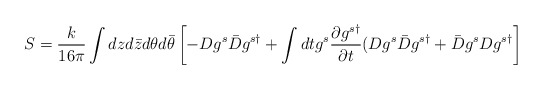
\begin{align*}S = \frac{k}{16\pi}\int dz d\bar{z} d\theta d\bar{\theta}\left[ -Dg^s\bar{D}g^{s\dagger} + \int dt g^s\frac{\partial g^{s\dagger}}{\partial t}(Dg^s\bar{D}g^{s\dagger}+ \bar{D}g^sDg^{s\dagger} \right]\end{align*}